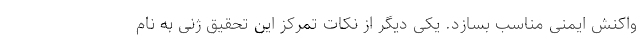
واکنش ایمنی مناسب بسازد. یکی دیگر از نکات تمرکز این تحقیق ژنی به نام